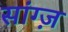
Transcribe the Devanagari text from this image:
सांग्ज़